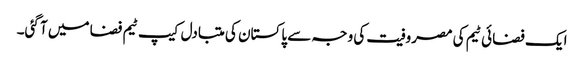
ایک فضائی ٹیم کی مصروفیت کی وجہ سے پاکستان کی متبادل کیپ ٹیم فضا میں آ گئی۔